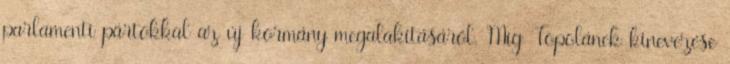
parlamenti pártokkal az új kormány megalakításáról. Míg Topolánek kinevezése